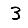
Digit: 3